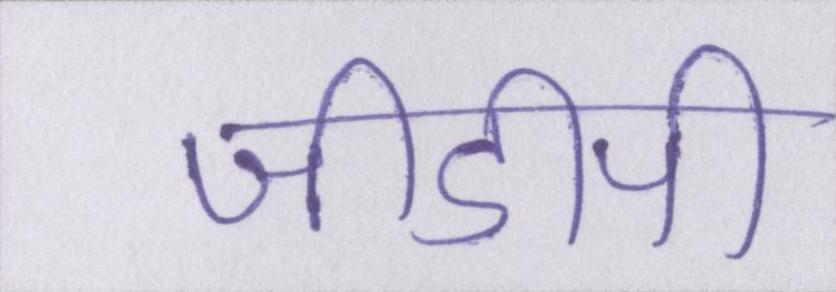
जीडीपी